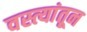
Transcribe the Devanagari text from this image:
वस्त्यांतून